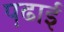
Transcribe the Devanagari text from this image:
प़ढाई